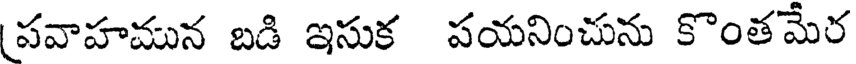
పవాహమున బడి ఇసుక పయనించును కొంతమేర